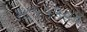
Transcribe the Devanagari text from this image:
१८५५५०४